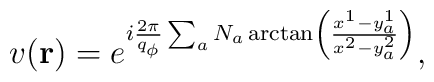
v({\bf r})  =e^{i{2\pi\over q_\phi}\sum_a N_a\arctan\left(\frac{x^1-y_a^1}{x^2-y_a^2}\right)},